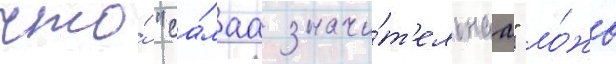
что́ "са́маа значи́т'ельнаа" ло́жь